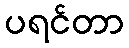
ပရင်တာ